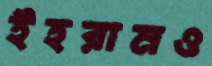
ইহরামও